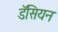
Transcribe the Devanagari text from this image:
डॅसियन